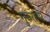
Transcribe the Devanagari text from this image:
गुरुराया